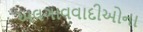
અલગાવવાદીઓના